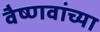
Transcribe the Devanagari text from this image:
वैष्णवांच्या